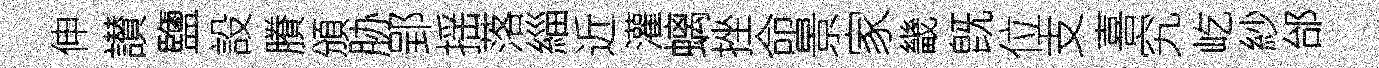
伸讃鹽設賸頒胁郢揺落緇近灌螭挫命景家畿旣位支喜究屹紗邰